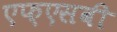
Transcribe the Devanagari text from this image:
एफ़एसबी